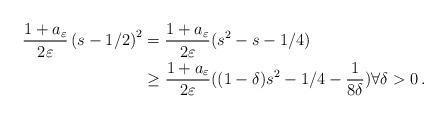
LaTeX: \begin{align*}\frac{1+a_{\varepsilon}}{2\varepsilon}\left( s-1/2\right) ^{2} &=\frac{1+a_{\varepsilon}}{2\varepsilon}(s^{2}-s-1/4)\\& \geq\frac{1+a_{\varepsilon}}{2\varepsilon}((1-\delta)s^{2}-1/4-\frac{1}{8\delta})\forall\delta>0\,.\end{align*}